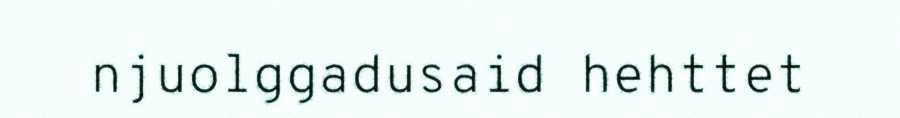
njuolggadusaid hehttet